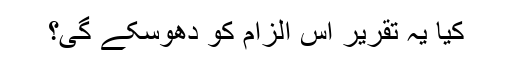
کیا یہ تقریر اس الزام کو دھوسکے گی؟